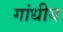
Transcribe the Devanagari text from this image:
गांधीय